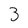
Character: 3